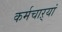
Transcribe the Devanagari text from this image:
कर्मचाऱ्यां